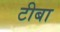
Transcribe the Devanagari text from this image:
टीबा